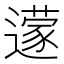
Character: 𮟔